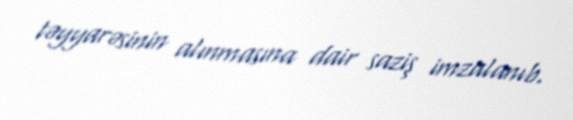
təyyarəsinin alınmasına dair saziş imzalanıb.